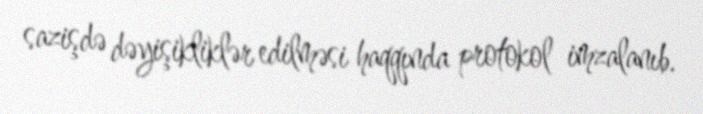
sazişdə dəyişikliklər edilməsi haqqında protokol imzalanıb.